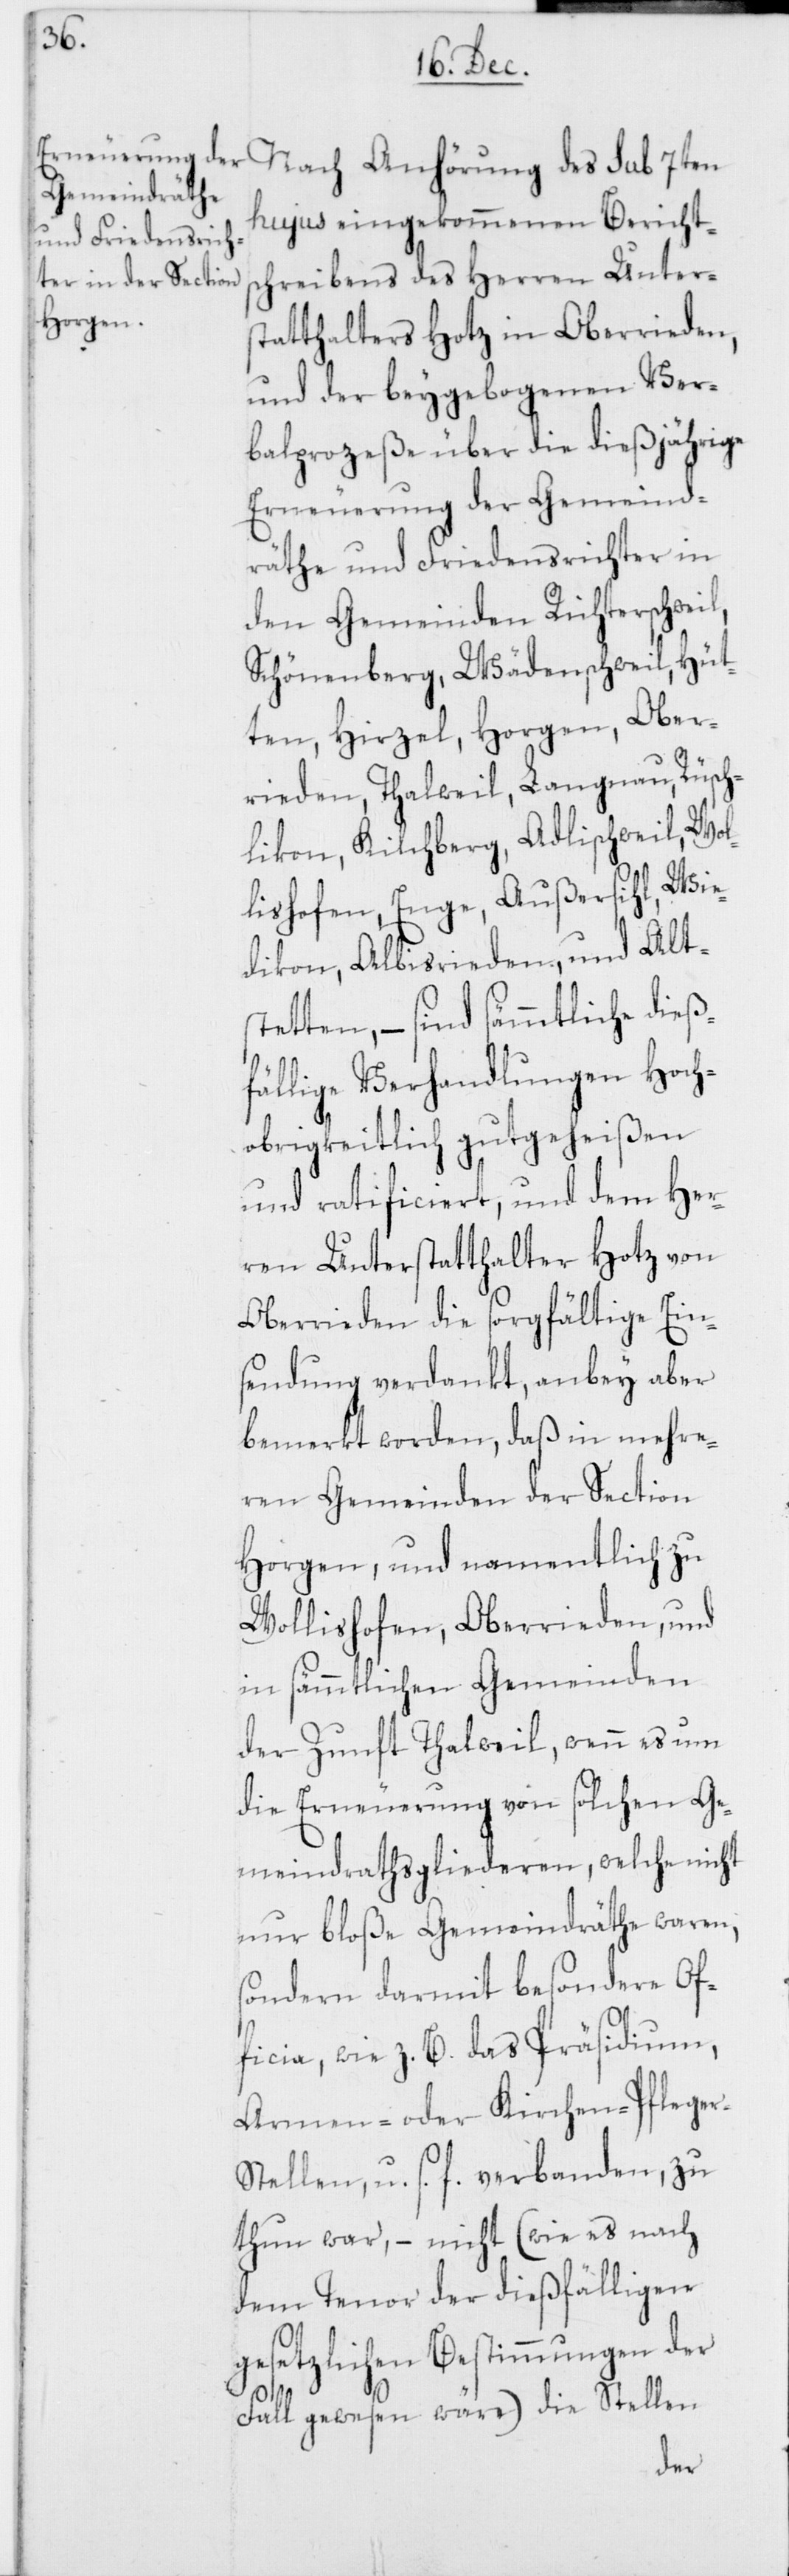
hujus eingekommenen Bericht¬
schreibens des Herren Unters¬
tatthalters Hotz in Oberrieden,
und der beygebogenen Ver¬
balprozeße über die dießjährige
Erneuerung der Gemeind¬
räthe und Friedensrichter in
den Gemeinden Richterschweil,
Schönenberg, Wädenschweil, Hüt¬
ten, Hirzel, Horgen, Ober¬
rieden, Thalweil, Langnau, Rüsch¬
likon, Kilchberg, Adlischweil, Wol¬
lishofen, Enge, Außersihl, Wie¬
dikon, Albisrieden, und Alts¬
tetten, – sind sämmtliche dieß¬
fällige Verhandlungen Hoch¬
obrigkeitlich gutgeheißen
und ratificiert, und dem Her¬
ren Unterstatthalter Hotz von
Oberrieden die sorgfältige Ein¬
sendung verdankt, anbey aber
bemerkt worden, daß in mehre¬
ren Gemeinden der Section
Horgen, und namentlich zu
Wollishofen, Oberrieden, und
in sämmtlichen Gemeinden
der Zunft Thalweil, wenn es um
die Erneuerung von solchen Ge¬
meindrathsgliederen, welche nicht
nur bloße Gemeindräthe waren,
sondern darmit besondere Of¬
ficia, wie z. B. das Präsidium,
Armen- oder Kirchen-Pflege¬
r-Stellen u. s. f. verbanden, zu
thun war, – nicht (wie es nach
dem Tenor der dießfälligen
gesetzlichen Bestimmungen der
Fall gewesen wäre) die Stellen
des